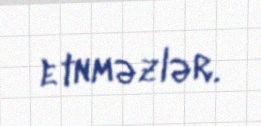
etnməzlər.